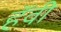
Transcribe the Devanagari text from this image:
हॅवी